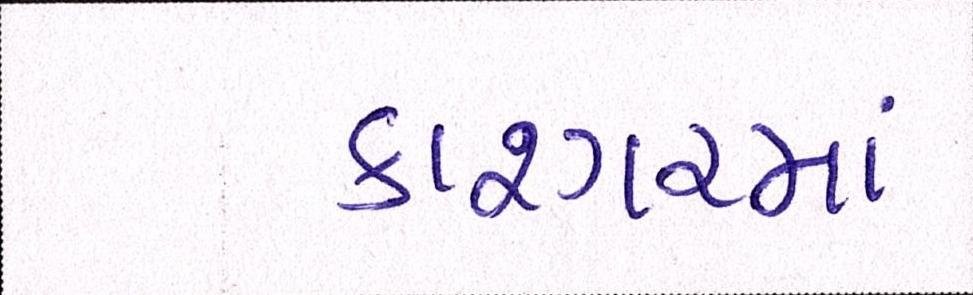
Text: કાશ્ગરમાં